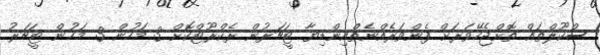
ސްކޫލްތައް ތޮށްޖެހޭވަރަށް ފެންވަރެއްނެތްއިންޑިޔާ ޓީޗަރުން ރެކްރޫޓްކޮށް 3 މަހުން 3 މަހުން ޓީޗަރު